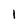
Character: l